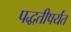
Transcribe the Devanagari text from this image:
पद्धतीपर्यंत